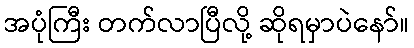
အပုံကြီး တက်လာပြီလို့ ဆိုရမှာပဲနော်။